Plague in India, 1896, 1897 - Volume 1
Year: 1896
Disease focus: Plague
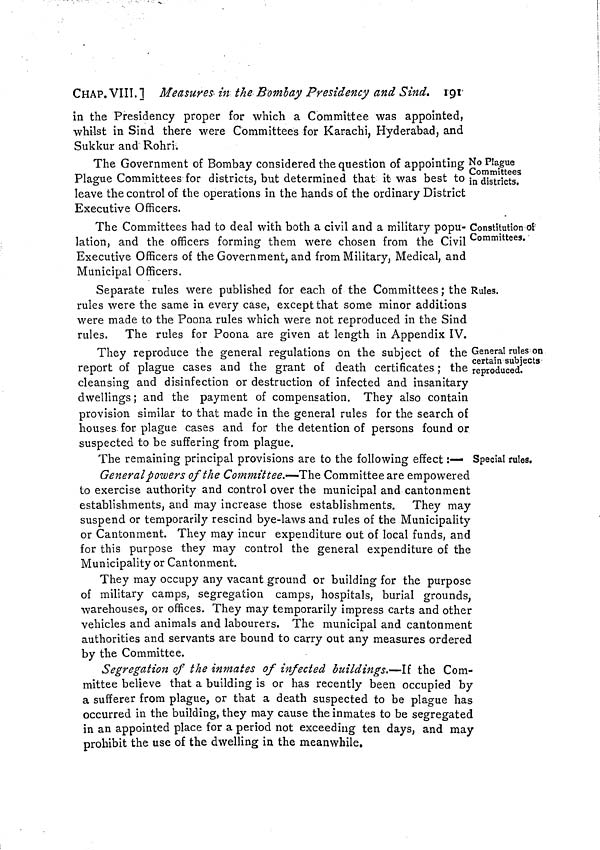
CHAP. VIII. 1 Measures in the Bombay Presidency and Sind. 191
in the Presidency proper for which a Committee was appointed,
whilst in Sind there were Committees for Karachi, Hyderabad, and
Sukkur and Rohri.
No Plague
Committees
in districts.
The Government of Bombay considered the question of appointing
Plague Committees for districts, but determined that it was best to
leave the control of the operations in the hands of the ordinary District
Executive Officers.
Constitution of
Committees.
The Committees had to deal with both a civil and a military popu-
lation, and the officers forming them were chosen from the Civil
Executive Officers of the Government, and from Military, Medical, and
Municipal Officers.
Rules.
Separate rules were published for each of the Committees; the
rules were the same in every case, except that some minor additions
were made to the Poona rules which were not reproduced in the Sind
rules. The rules for Poona are given at length in Appendix IV.
General rules on
certain subjects
reproduced.
They reproduce the general regulations on the subject of the
report of plague cases and the grant of death certificates; the
cleansing and disinfection or destruction of infected and insanitary
dwellings; and the payment of compensation. They also contain
provision similar to that made in the general rules for the search of
houses for plague cases and for the detention of persons found or
suspected to be suffering from plague.
Special rules.
The remaining principal provisions are to the following effect :—
General powers of the Committee.— The Committee are empowered
to exercise authority and control over the municipal and cantonment
establishments, and may increase those establishments. They may
suspend or temporarily rescind bye-laws and rules of the Municipality
or Cantonment. They may incur expenditure out of local funds, and
for this purpose they may control the general expenditure of the
Municipality or Cantonment.
They may occupy any vacant ground or building for the purpose
of military camps, segregation camps, hospitals, burial grounds,
warehouses, or offices. They may temporarily impress carts and other
vehicles and animals and labourers. The municipal and cantonment
authorities and servants are bound to carry out any measures ordered
by the Committee.
Segregation of the inmates of infected buildings.—If the Com-
mittee believe that a building is or has recently been occupied by
a sufferer from plague, or that a death suspected to be plague has
occurred in the building, they may cause the inmates to be segregated
in an appointed place for a period not exceeding ten days, and may
prohibit the use of the dwelling in the meanwhile.